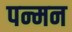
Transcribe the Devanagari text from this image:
पन्मन